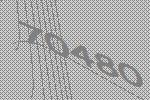
70480